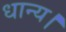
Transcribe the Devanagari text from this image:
धान्य।